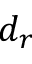
d _ { r }